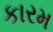
કારમ